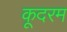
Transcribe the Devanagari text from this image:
कूदरम